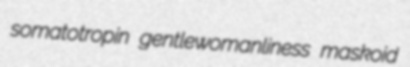
somatotropin gentlewomanliness maskoid